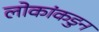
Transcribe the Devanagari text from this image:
लोकांकडुन